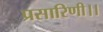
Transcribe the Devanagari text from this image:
प्रसारिणी।।